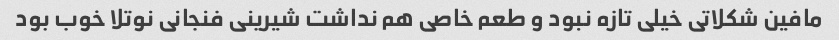
مافین شکلاتی خیلی تازه نبود و طعم خاصی هم نداشت شیرینی فنجانی نوتلا خوب بود